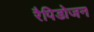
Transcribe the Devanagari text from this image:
रैपिडोजन